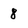
Character: 8